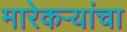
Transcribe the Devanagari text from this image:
मारेकऱ्यांचा